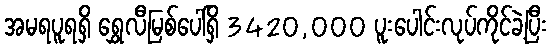
အမရပူရရှိ ရွှေလီမြစ်ပေါ်ရှိ 3420,000 ပူးပေါင်းလုပ်ကိုင်ခဲ့ပြီး